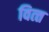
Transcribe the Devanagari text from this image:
वित्‍त